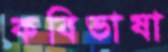
কবিভাষা